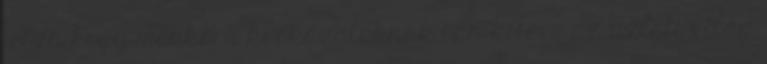
jelzi, hogy mekkora kockázatoknak van kitéve az üzleti világ